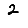
Digit: 2